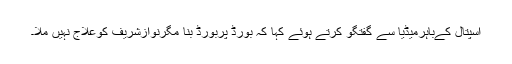
اسپتال کےباہرمیڈیا سے گفتگو کرتے ہوئے کہا کہ بورڈ پربورڈ بنا مگرنوازشریف کوعلاج نہیں ملا۔